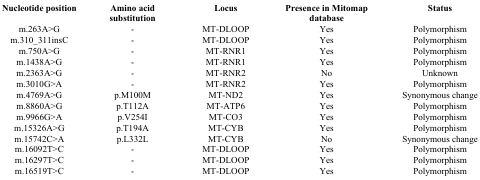
| Nucleotide position | Amino acid substitution | Locus | Presence in Mitomap database | Status |
 | --- | --- | --- | --- | --- |
 | m.263A>G | - | MT-DLOOP | Yes | Polymorphism |
 | m.310_311insC | - | MT-DLOOP | Yes | Polymorphism |
 | m.750A>G | - | MT-RNR1 | Yes | Polymorphism |
 | m.1438A>G | - | MT-RNR1 | Yes | Polymorphism |
 | m.2363A>G | - | MT-RNR2 | No | Unknown |
 | m.3010G>A | - | MT-RNR2 | Yes | Polymorphism |
 | m.4769A>G | p.M100M | MT-ND2 | Yes | Synonymous change |
 | m.8860A>G | p.T112A | MT-ATP6 | Yes | Polymorphism |
 | m.9966G>A | p.V254I | MT-CO3 | Yes | Polymorphism |
 | m.15326A>G | p.T194A | MT-CYB | Yes | Polymorphism |
 | m.15742C>A | p.L332L | MT-CYB | No | Synonymous change |
 | m.16092T>C | - | MT-DLOOP | Yes | Polymorphism |
 | m.16297T>C | - | MT-DLOOP | Yes | Polymorphism |
 | m.16519T>C | - | MT-DLOOP | Yes | Polymorphism |